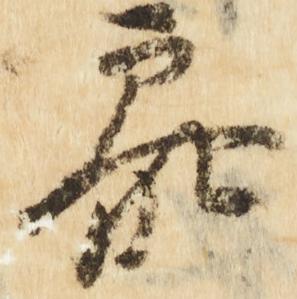
参